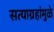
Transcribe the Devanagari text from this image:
सत्याग्रहांमुळे